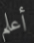
أعلم